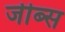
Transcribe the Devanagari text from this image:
जीब्स